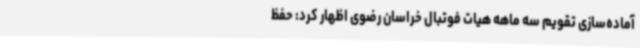
آماده‌سازی تقویم‌ سه ماهه هیات فوتبال خراسان رضوی اظهار کرد: حفظ